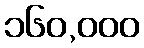
၁၆၀,၀၀၀